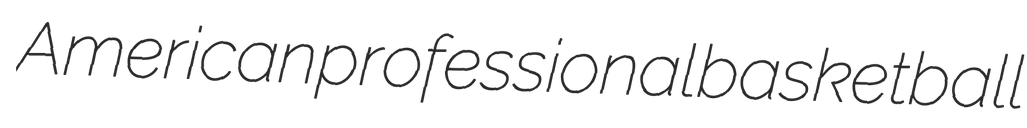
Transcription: American professional basketball